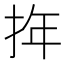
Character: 𢬧